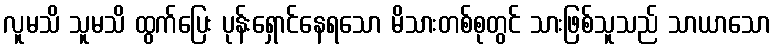
လူမသိ သူမသိ ထွက်ပြေး ပုန်းရှောင်နေရသော မိသားတစ်စုတွင် သားဖြစ်သူသည် သာယာသော